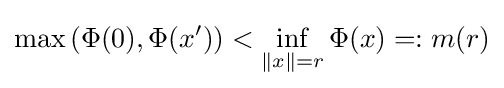
\max \,(\Phi (0),\Phi (x'))<\inf \limits _{\|x\|=r}\Phi (x)=:m(r)